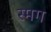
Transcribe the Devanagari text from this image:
स्मग